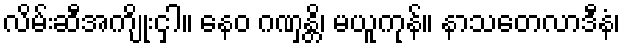
လိမ်းဆီအကျိုးငှါ။ နေဝ ဂဏှန္တိ၊ မယူကုန်။ နာသတေလာဒီနံ၊